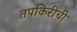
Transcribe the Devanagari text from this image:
तपकिरीची